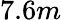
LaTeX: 7.6m